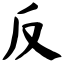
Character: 反